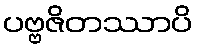
ပဗ္ဗဇိတဿာပိ